65_HS1-834228961_62-HQ-83894_Section_7
Agency: FBI
Page 139
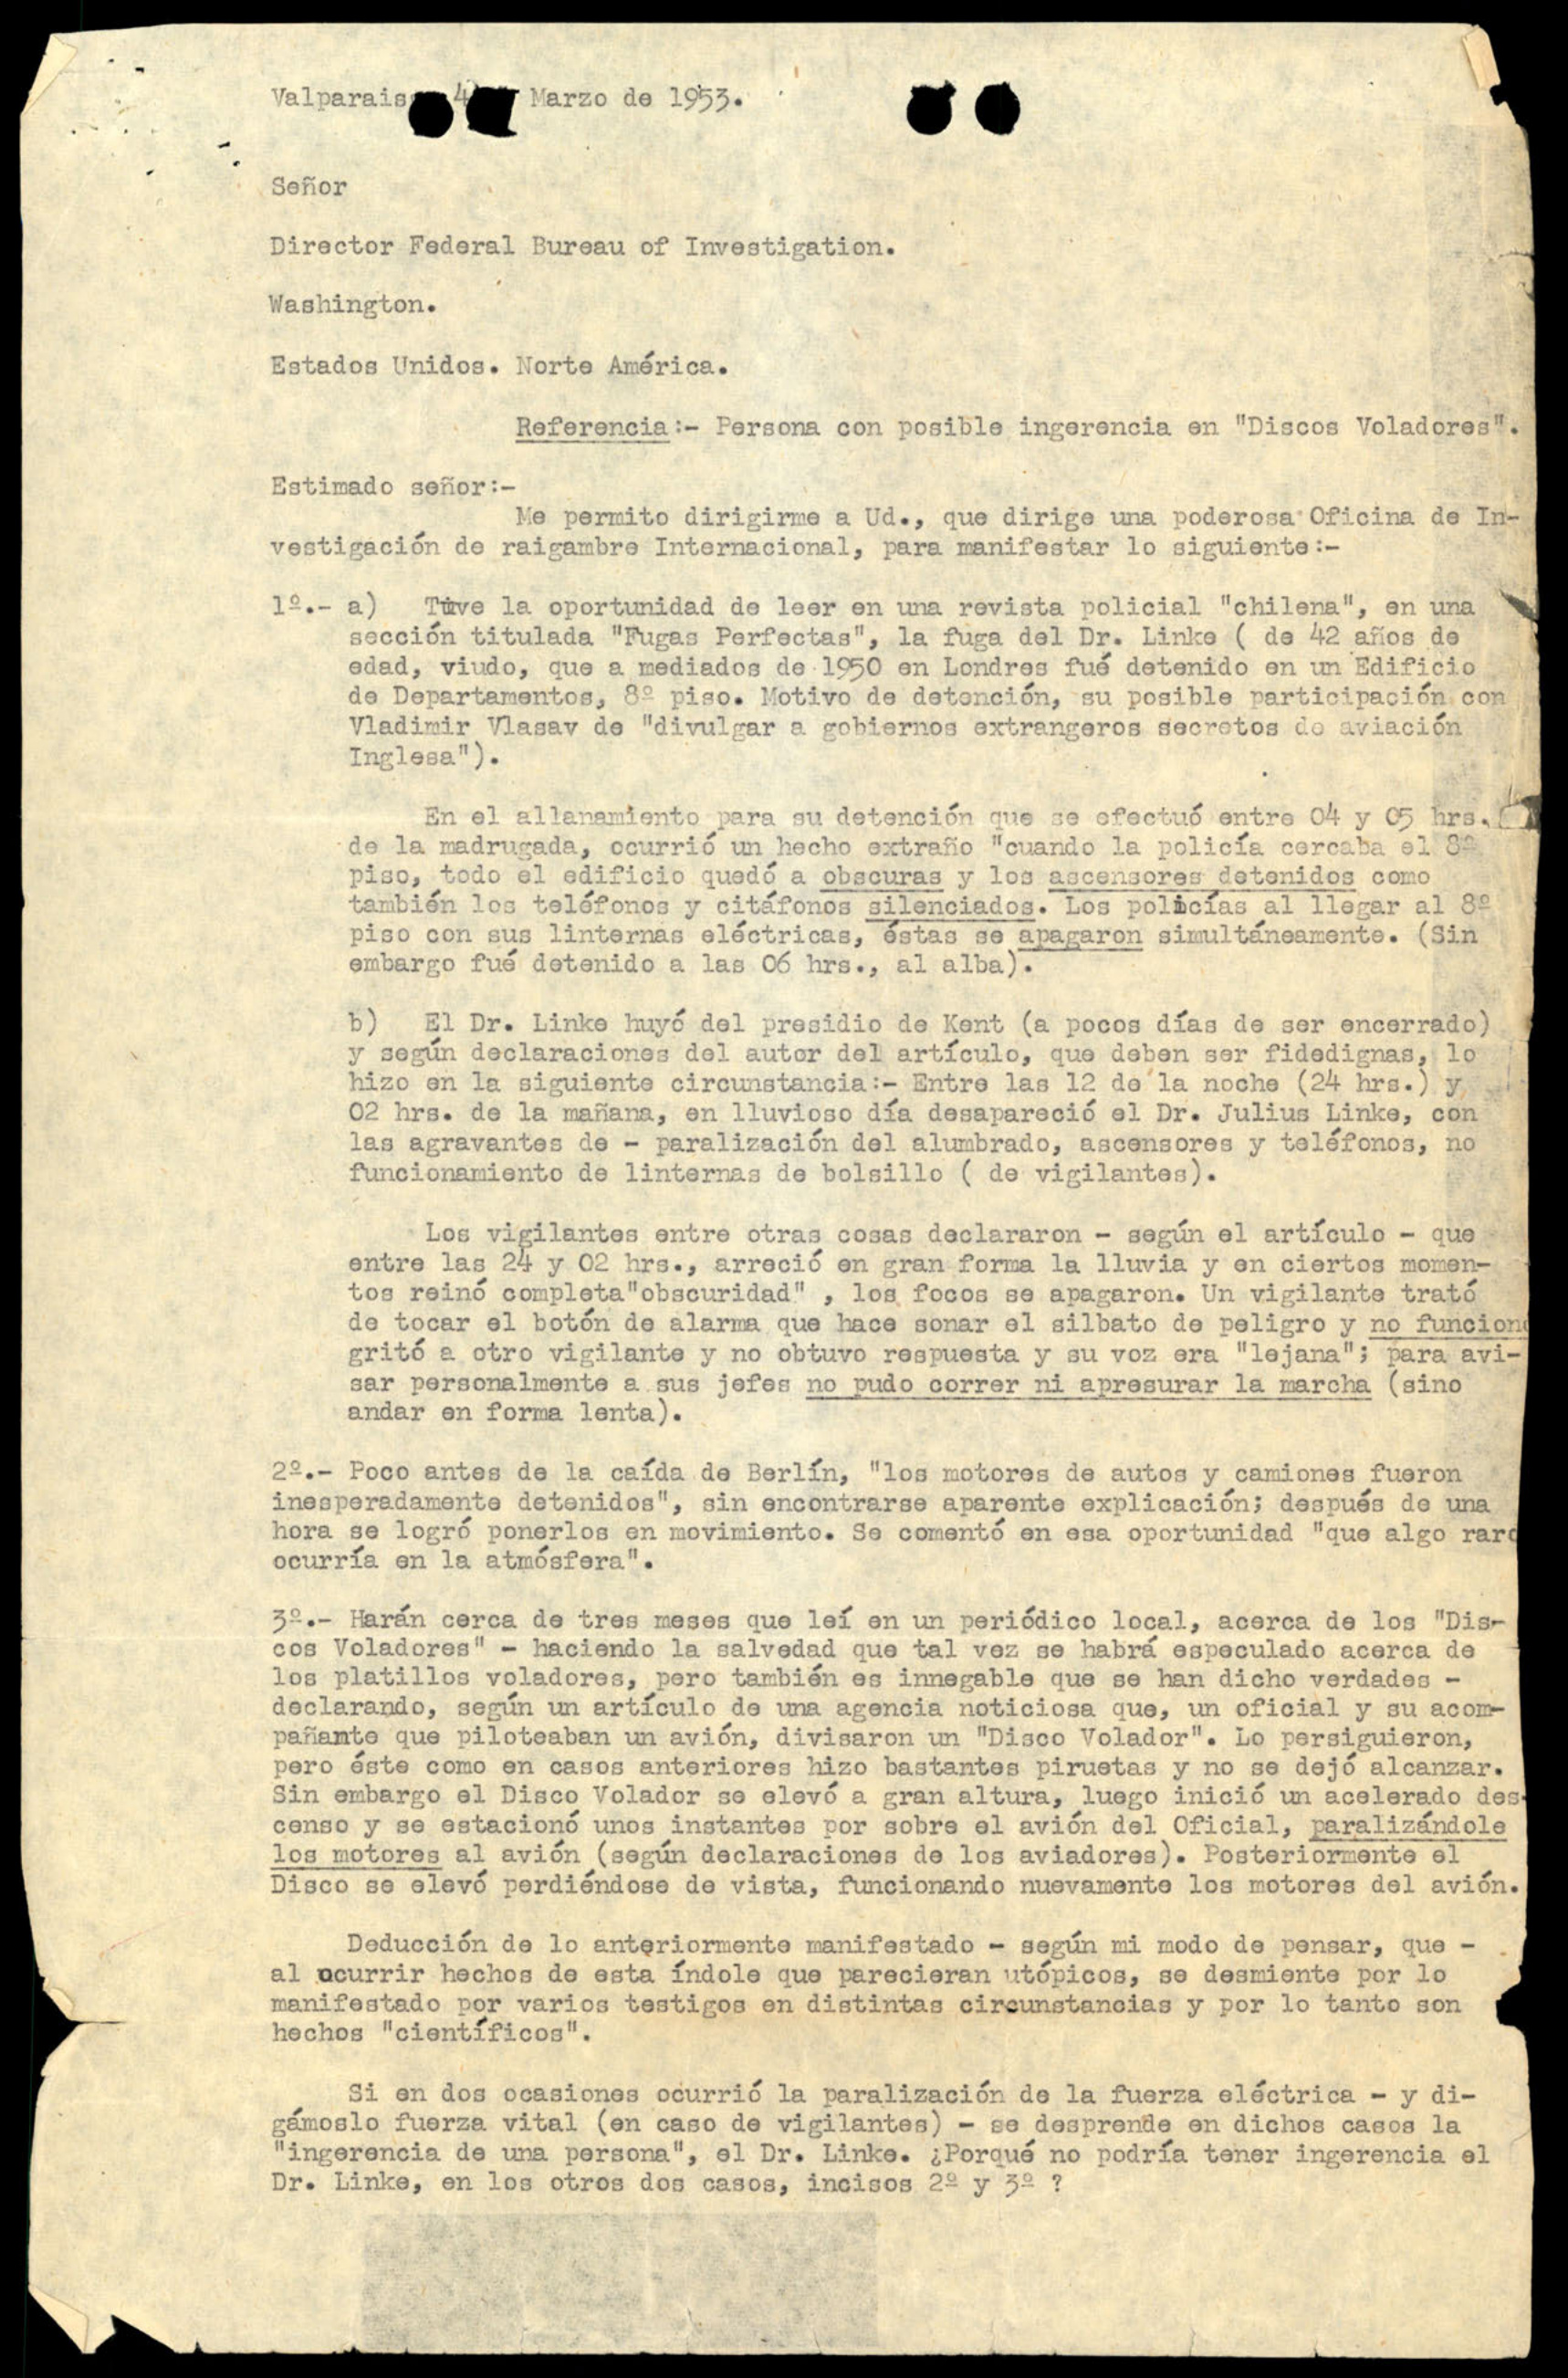